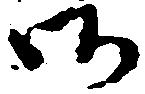
御